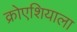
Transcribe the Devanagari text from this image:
क्रोएशियाला